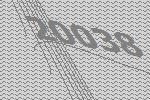
20038